Annual report on the mental hospital in the Central Provinces and Berar (Nagpur) - 1927-1951
Year: 1927
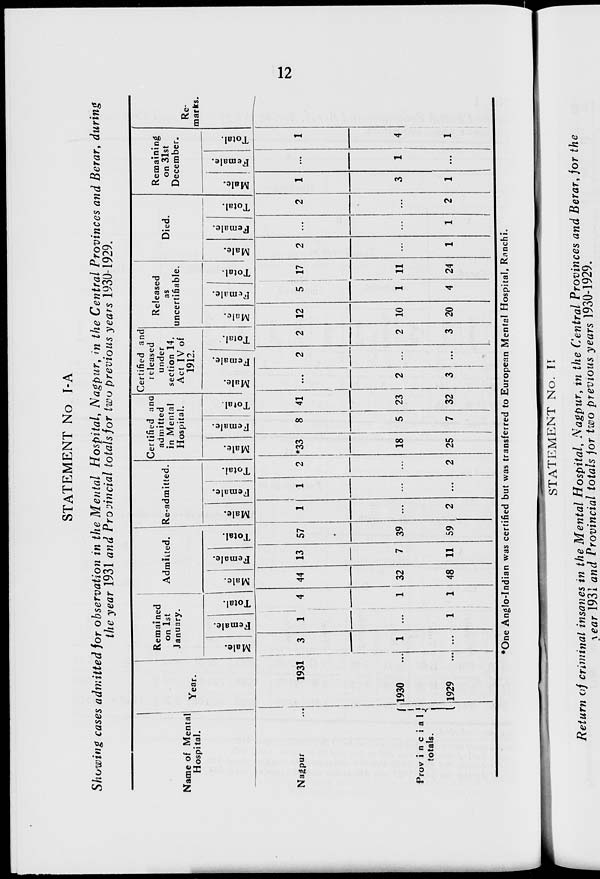
12
STATEMENT No I-A
Showing cases admitted for observation in the Mental Hospital, Nagpur, in the Central Provinces and Berar, during
the year 1931 and Provincial totals for two previous years 1930-1929.
Name of Mental
Hospital.
Nagpur ...
Provincial
totals.
Year.
1931
1930 ...
1929 ...
Remained
on 1st
January.
Male.
3
1
...
Female.
1
...
1
Total.
4
1
1
Admitted.
Male.
44
32
48
Female.
13
7
11
Total.
57
39
59
Re-admitted.
Male.
1
...
2
Female.
1
...
...
Total.
2
...
2
Certified and
admitted
in Mental
Hospital.
Male.
*33
18
25
Female.
8
5
7
Total.
41
23
32
Certified and
released
under
section 14,
Act IV of
1912.
Male.
...
2
3
Female.
2
...
...
Total.
2
2
3
Released
as
uncertifiable.
Male.
12
10
20
Female.
5
1
4
Total.
17
11
24
Died.
Male.
2
...
1
Female.
...
...
1
Total.
2
...
2
Remaining
on 31st
December.
Male.
1
3
1
Female.
...
1
...
Total.
1
4
1
Re-
marks.
*One Anglo-Indian was certified but was transferred to European Mental Hospital, Ranchi.